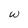
Character: w